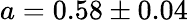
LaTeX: a=0.58\pm 0.04